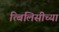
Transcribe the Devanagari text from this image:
त्बिलिसीच्या